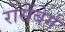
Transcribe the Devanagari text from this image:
रोसेंबेर्ग